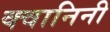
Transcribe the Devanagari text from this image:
क्वानिनी